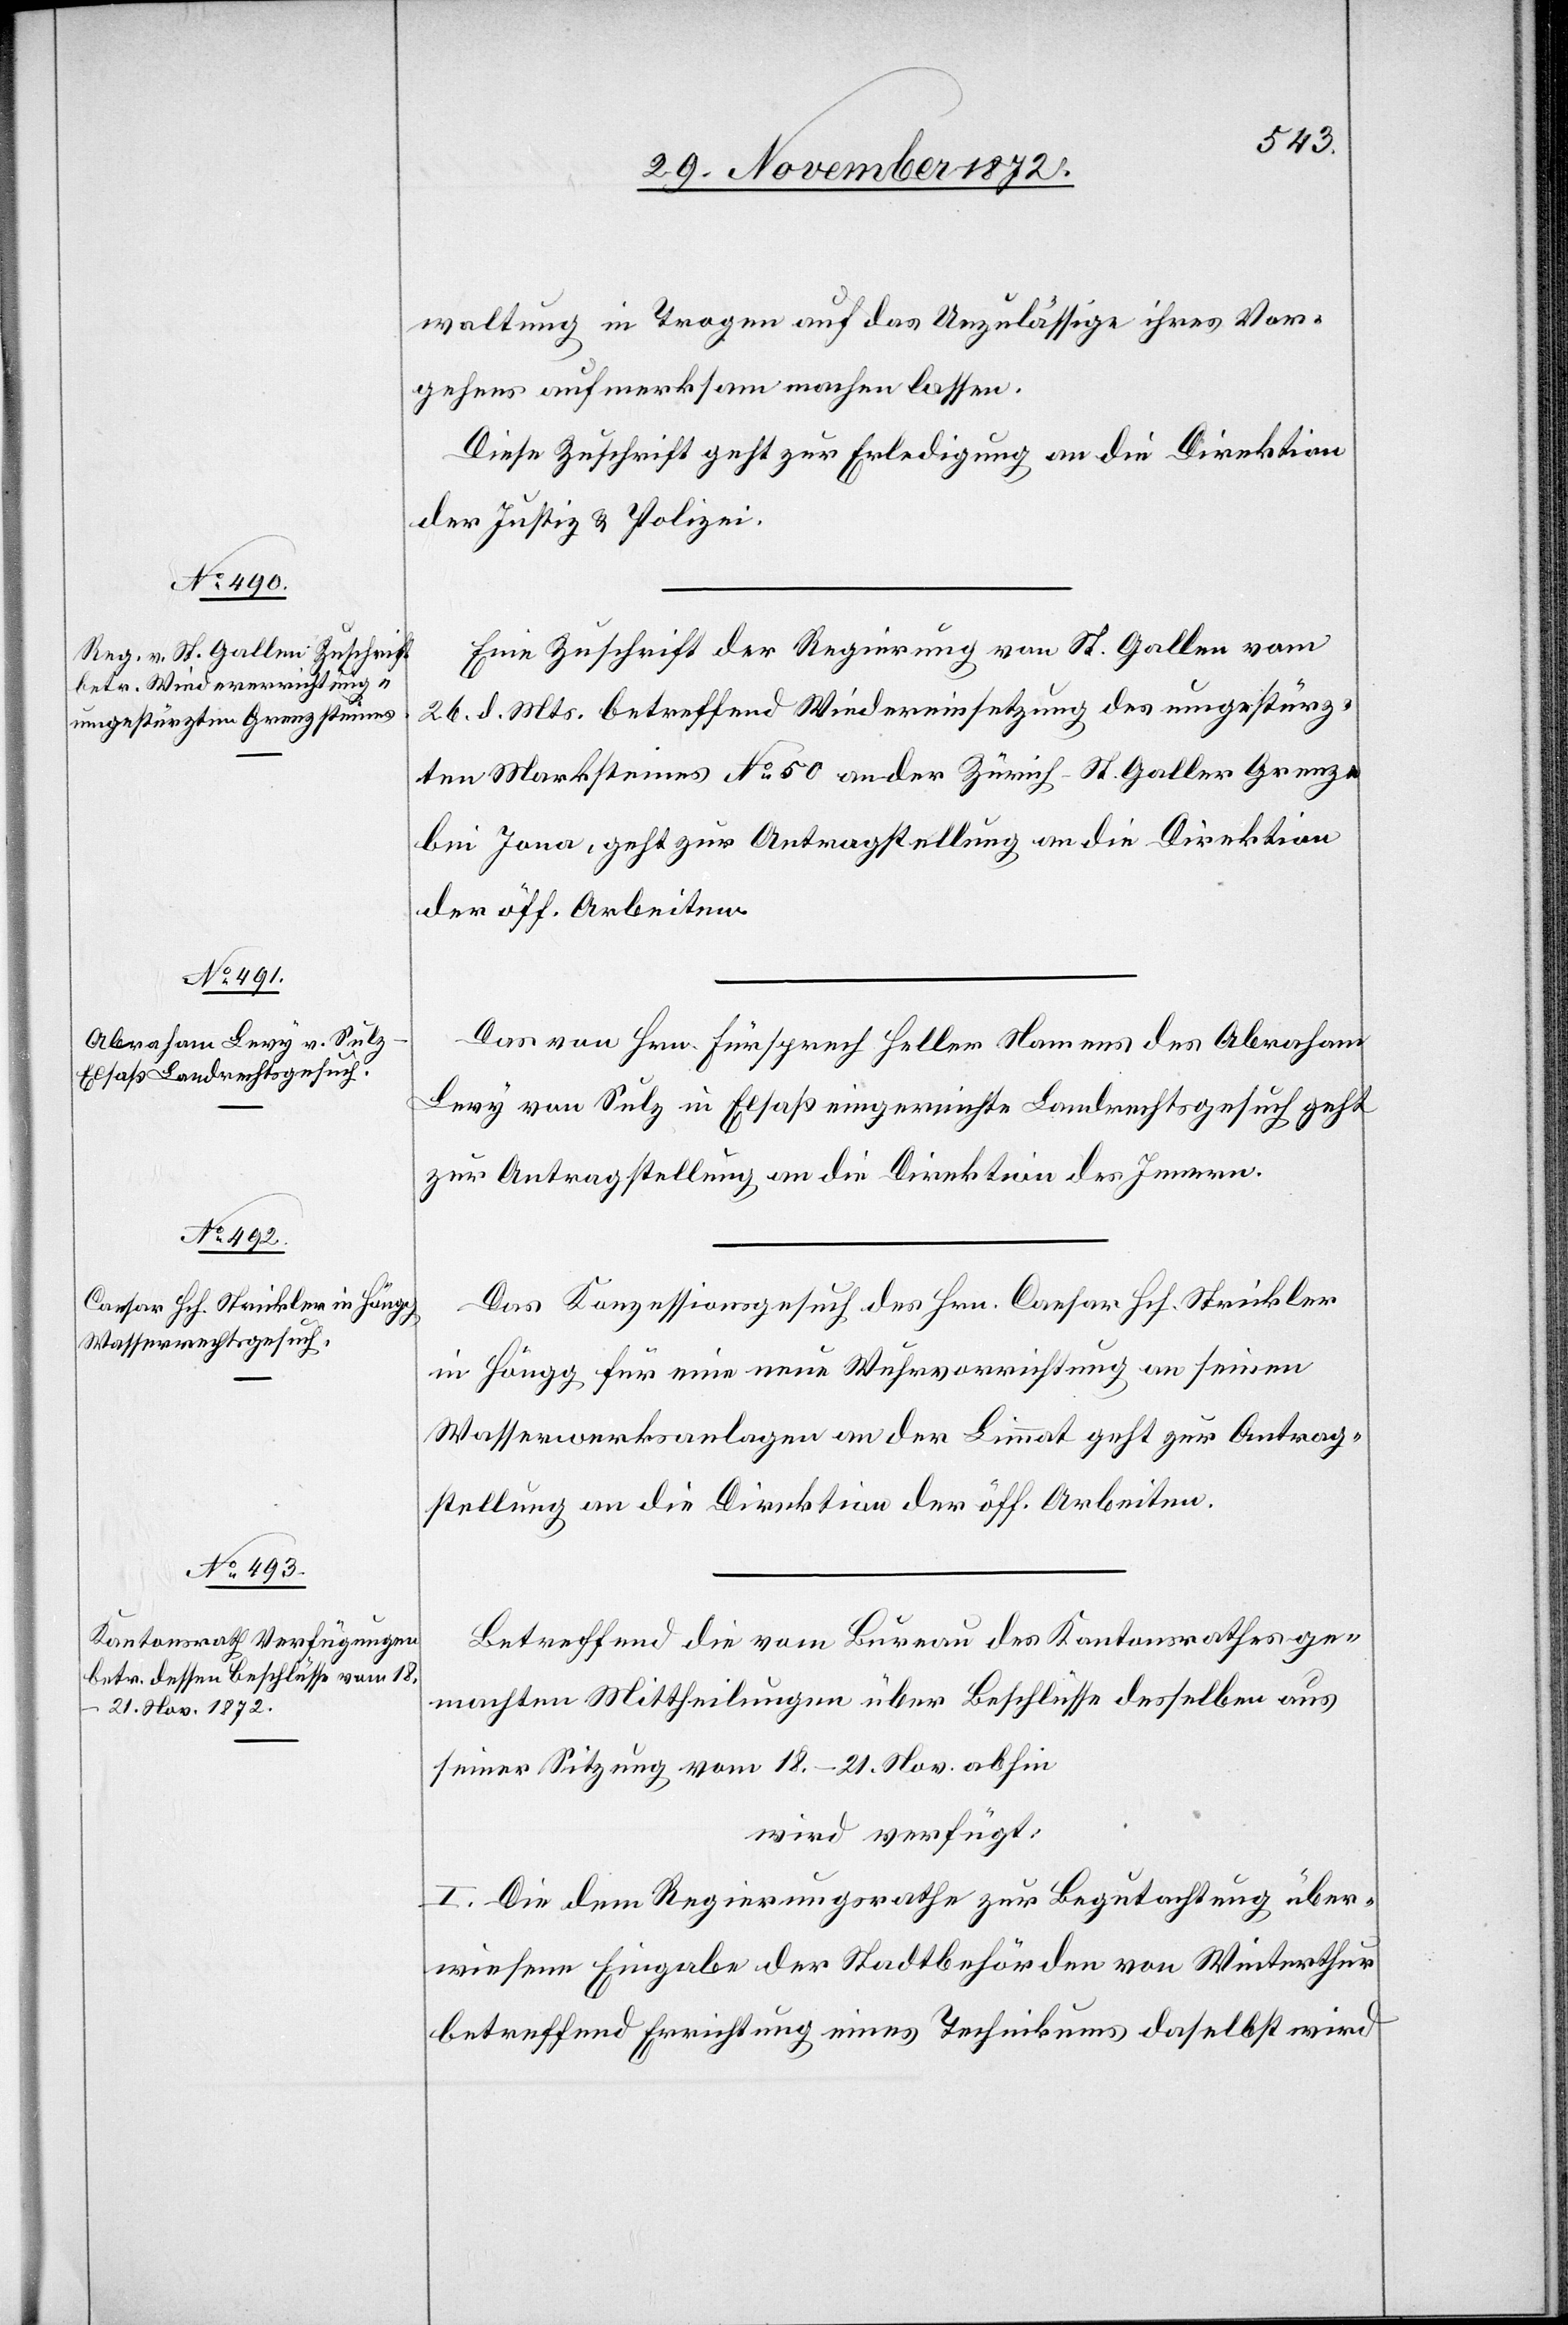
29. November 1872]
waltung in Trogen auf das Unzulässige ihres Vor¬
gehens aufmerksam machen lassen.
Diese Zuschrift geht zur Erledigung an die Direktion
der Justiz u. Polizei.
Eine Zuschrift der Regierung von St. Gallen vom
26. d. Mts. betreffend Wiedereinsetzung des umgestürz¬
ten Marksteines No 50 an der Zürich-St. Galler Grenze
bei Jona, geht zur Antragstellung an die Direktion
der öff. Arbeiten.
Das von Hrn. Fürsprech Heller Namens des Abraham
Levy von Sulz in Elsaß eingereichte Landrechtsgesuch geht
zur Antragstellung an die Direktion des Innern.
Das Konzessionsgesuch des Hrn. Caspar Hch. Strickler
in Höngg für eine neue Wuhrvorrichtung an seinen
Wasserwerksanlagen an der Limmat geht zur Antrag¬
stellung an die Direktion der öff. Arbeiten.
Betreffend die vom Bureau des Kantonsrathes ge¬
machten Mittheilungen über Beschlüsse desselben aus
seiner Sitzung vom 18.–21. Nov. abhin
wird verfügt:
I. Die dem Regierungsrathe zur Begutachtung über¬
wiesene Eingabe der Stadtbehörden von Winterthur
betreffend Errichtung eines Technikums daselbst wird